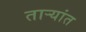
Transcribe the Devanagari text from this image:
ताऱ्यांत